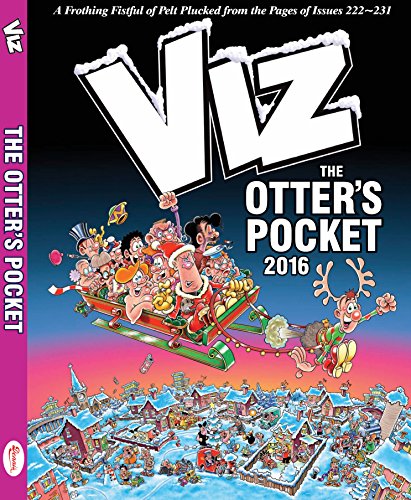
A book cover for VIZ Annual 2016: The Otters Pocket; Reference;